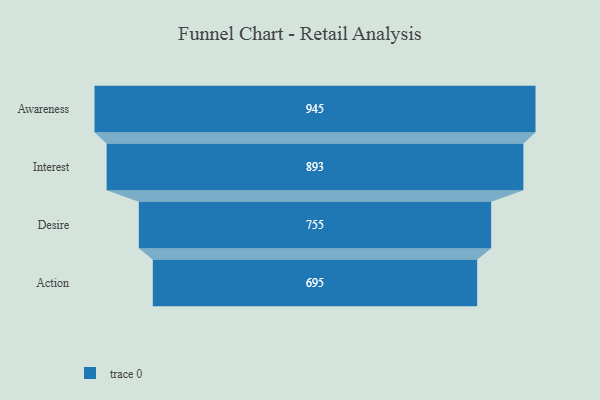
{"axis": {"x": "Stage", "y": "Value"}, "legend": [""], "data": [{"x": "Awareness", "y": 945.0, "type": ""}, {"x": "Interest", "y": 893.0, "type": ""}, {"x": "Desire", "y": 755.0, "type": ""}, {"x": "Action", "y": 695.0, "type": ""}]}